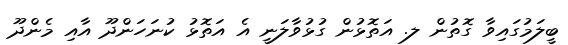
ބީލަމުގައިވާ ގޮތުން ލ. އަތޮޅުން ގުޅުވާލަނީ އެ އަތޮޅު ކުނަހަންދޫ އާއި މެންދޫ